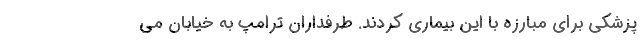
پزشکی برای مبارزه با این بیماری کردند. طرفداران ترامپ به خیابان می